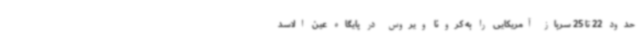
حدود 22 تا 25 سرباز آمریکایی را به کرونا ویروس در پایگاه عین الاسد